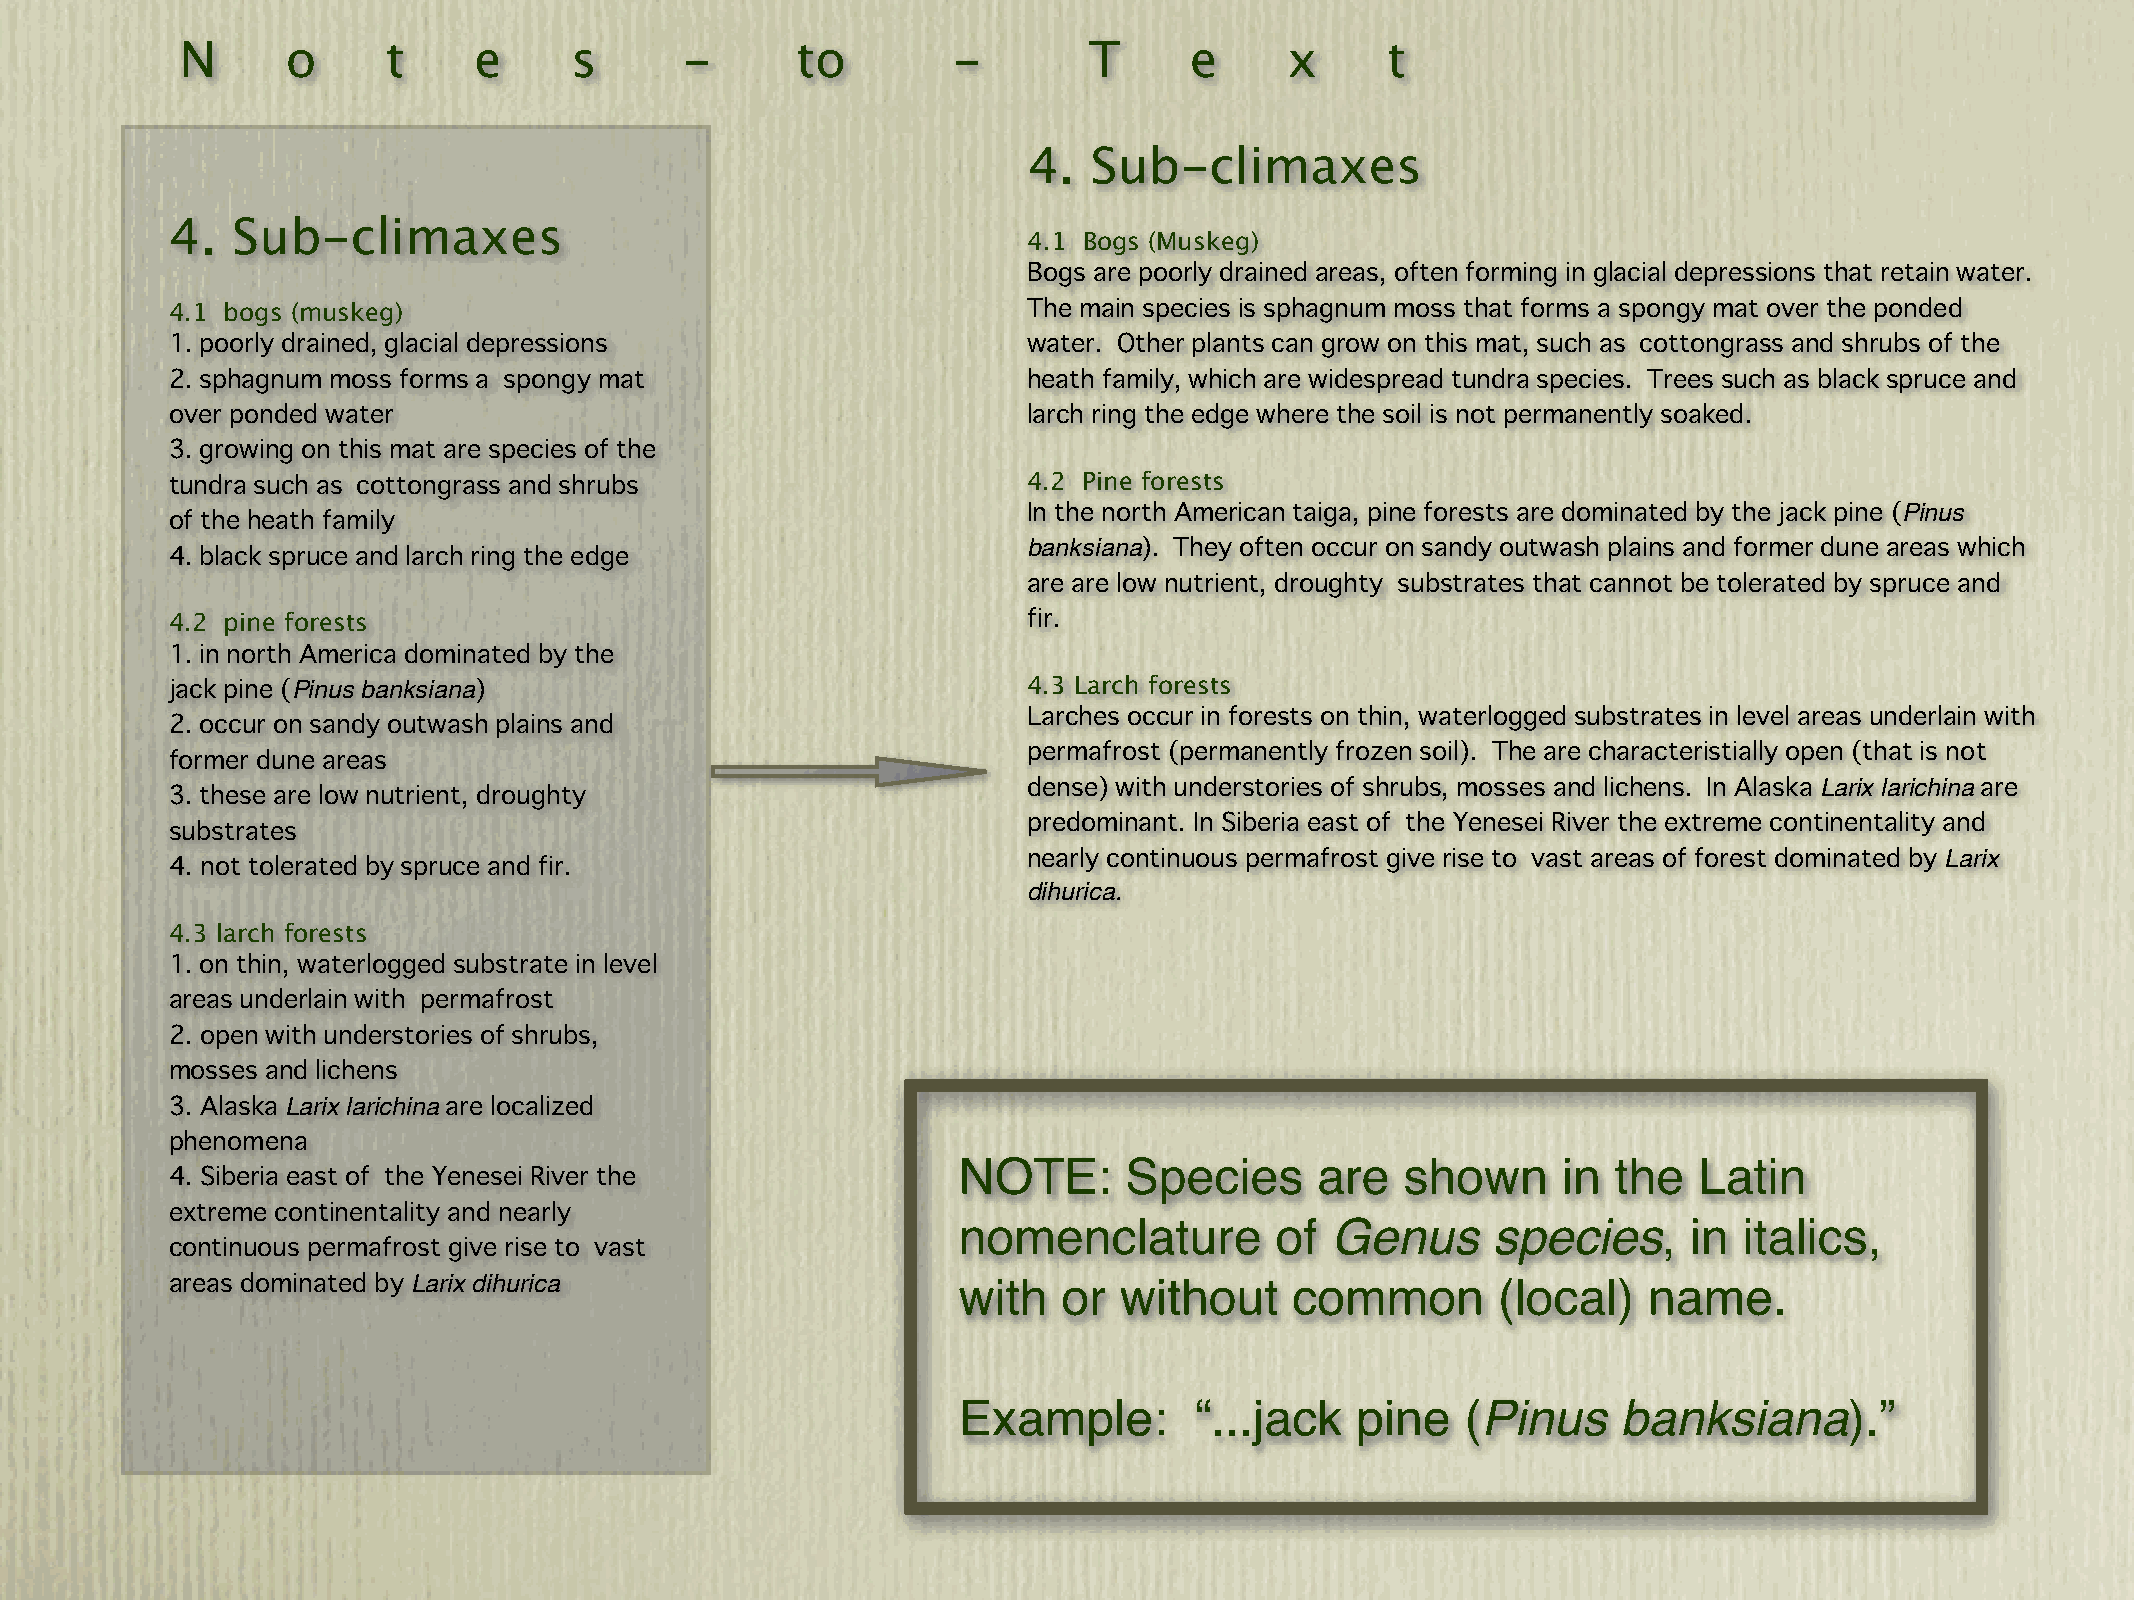
N      o      t    e      s      -       to        -        T      e     x      t
 4.  Sub-climaxes
 4.  Sub-climaxes
 4.1 Bogs (Muskeg)
 Bogs are poorly drained areas, often forming in glacial depressions that retain water.
 4.1 bogs (muskeg)                                        The main species is sphagnum moss that forms a spongy mat over the ponded
 1. poorly drained, glacial depressions                   water. Other plants can grow on this mat, such as cottongrass and shrubs of the
 2. sphagnum moss forms a spongy mat                      heath family, which are widespread tundra species. Trees such as black spruce and
 over ponded water                                        larch ring the edge where the soil is not permanently soaked.
 3. growing on this mat are species of the
 tundra such as cottongrass and shrubs                    4.2 Pine forests
 In the north American taiga, pine forests are dominated by the jack pine (Pinus
 of the heath family
 banksiana). They often occur on sandy outwash plains and former dune areas which
 4. black spruce and larch ring the edge
 are are low nutrient, droughty substrates that cannot be tolerated by spruce and
 4.2 pine forests                                         fir.
 1. in north America dominated by the
 jack pine (Pinus banksiana)                              4.3 Larch forests
 Larches occur in forests on thin, waterlogged substrates in level areas underlain with
 2. occur on sandy outwash plains and
 permafrost (permanently frozen soil). The are characteristially open (that is not
 former dune areas
 dense) with understories of shrubs, mosses and lichens. In Alaska Larix larichina are
 3. these are low nutrient, droughty
 predominant. In Siberia east of the Yenesei River the extreme continentality and
 substrates
 nearly continuous permafrost give rise to vast areas of forest dominated by Larix
 4. not tolerated by spruce and fir.
 dihurica.
 4.3 larch forests
 1. on thin, waterlogged substrate in level
 areas underlain with permafrost
 2. open with understories of shrubs,
 mosses and lichens
 3. Alaska Larix larichina are localized
 phenomena
 NOTE:      Species      are   shown     in  the  Latin
 4. Siberia east of the Yenesei River the
 extreme continentality and nearly
 nomenclature         of  Genus      species,     in italics,
 continuous permafrost give rise to vast
 areas dominated by Larix dihurica                   with   or  without     common       (local)   name.
 Example:        “...jack   pine   (Pinus    banksiana).”